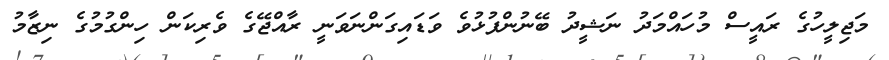
މަޖިލީހުގެ ރައީސް މުހައްމަދު ނަޝީދު ބޭނުންފުޅުވެ ވަޑައިގަންނަވަނީ ރާއްޖޭގެ ވެރިކަން ހިންގުމުގެ ނިޒާމު